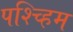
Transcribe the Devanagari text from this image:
पश्च्हिम